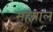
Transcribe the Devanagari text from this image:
मुहयाल